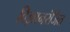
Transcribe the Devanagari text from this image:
विज्ञानरंजित